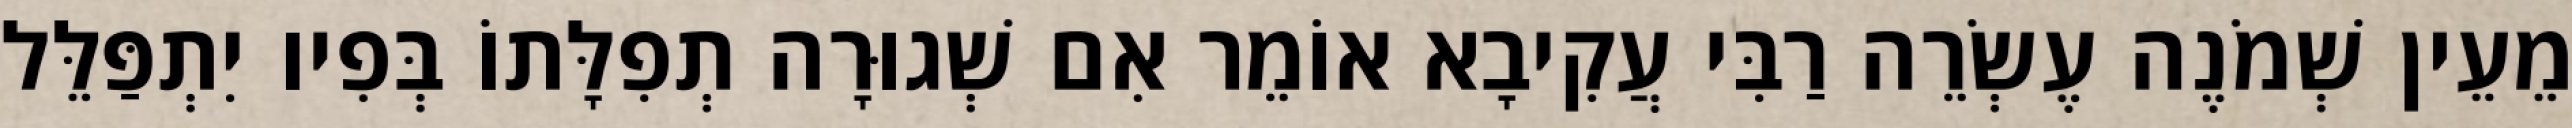
מֵעֵין שְׁמֹנֶה עֶשְׂרֵה רַבִּי עֲקִיבָא אוֹמֵר אִם שְׁגוּרָה תְפִלָּתוֹ בְּפִיו יִתְפַּלֵּל